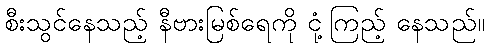
စီးသွင်နေသည့် နီဗားမြစ်ရေကို ငုံ့ကြည့် နေသည်။